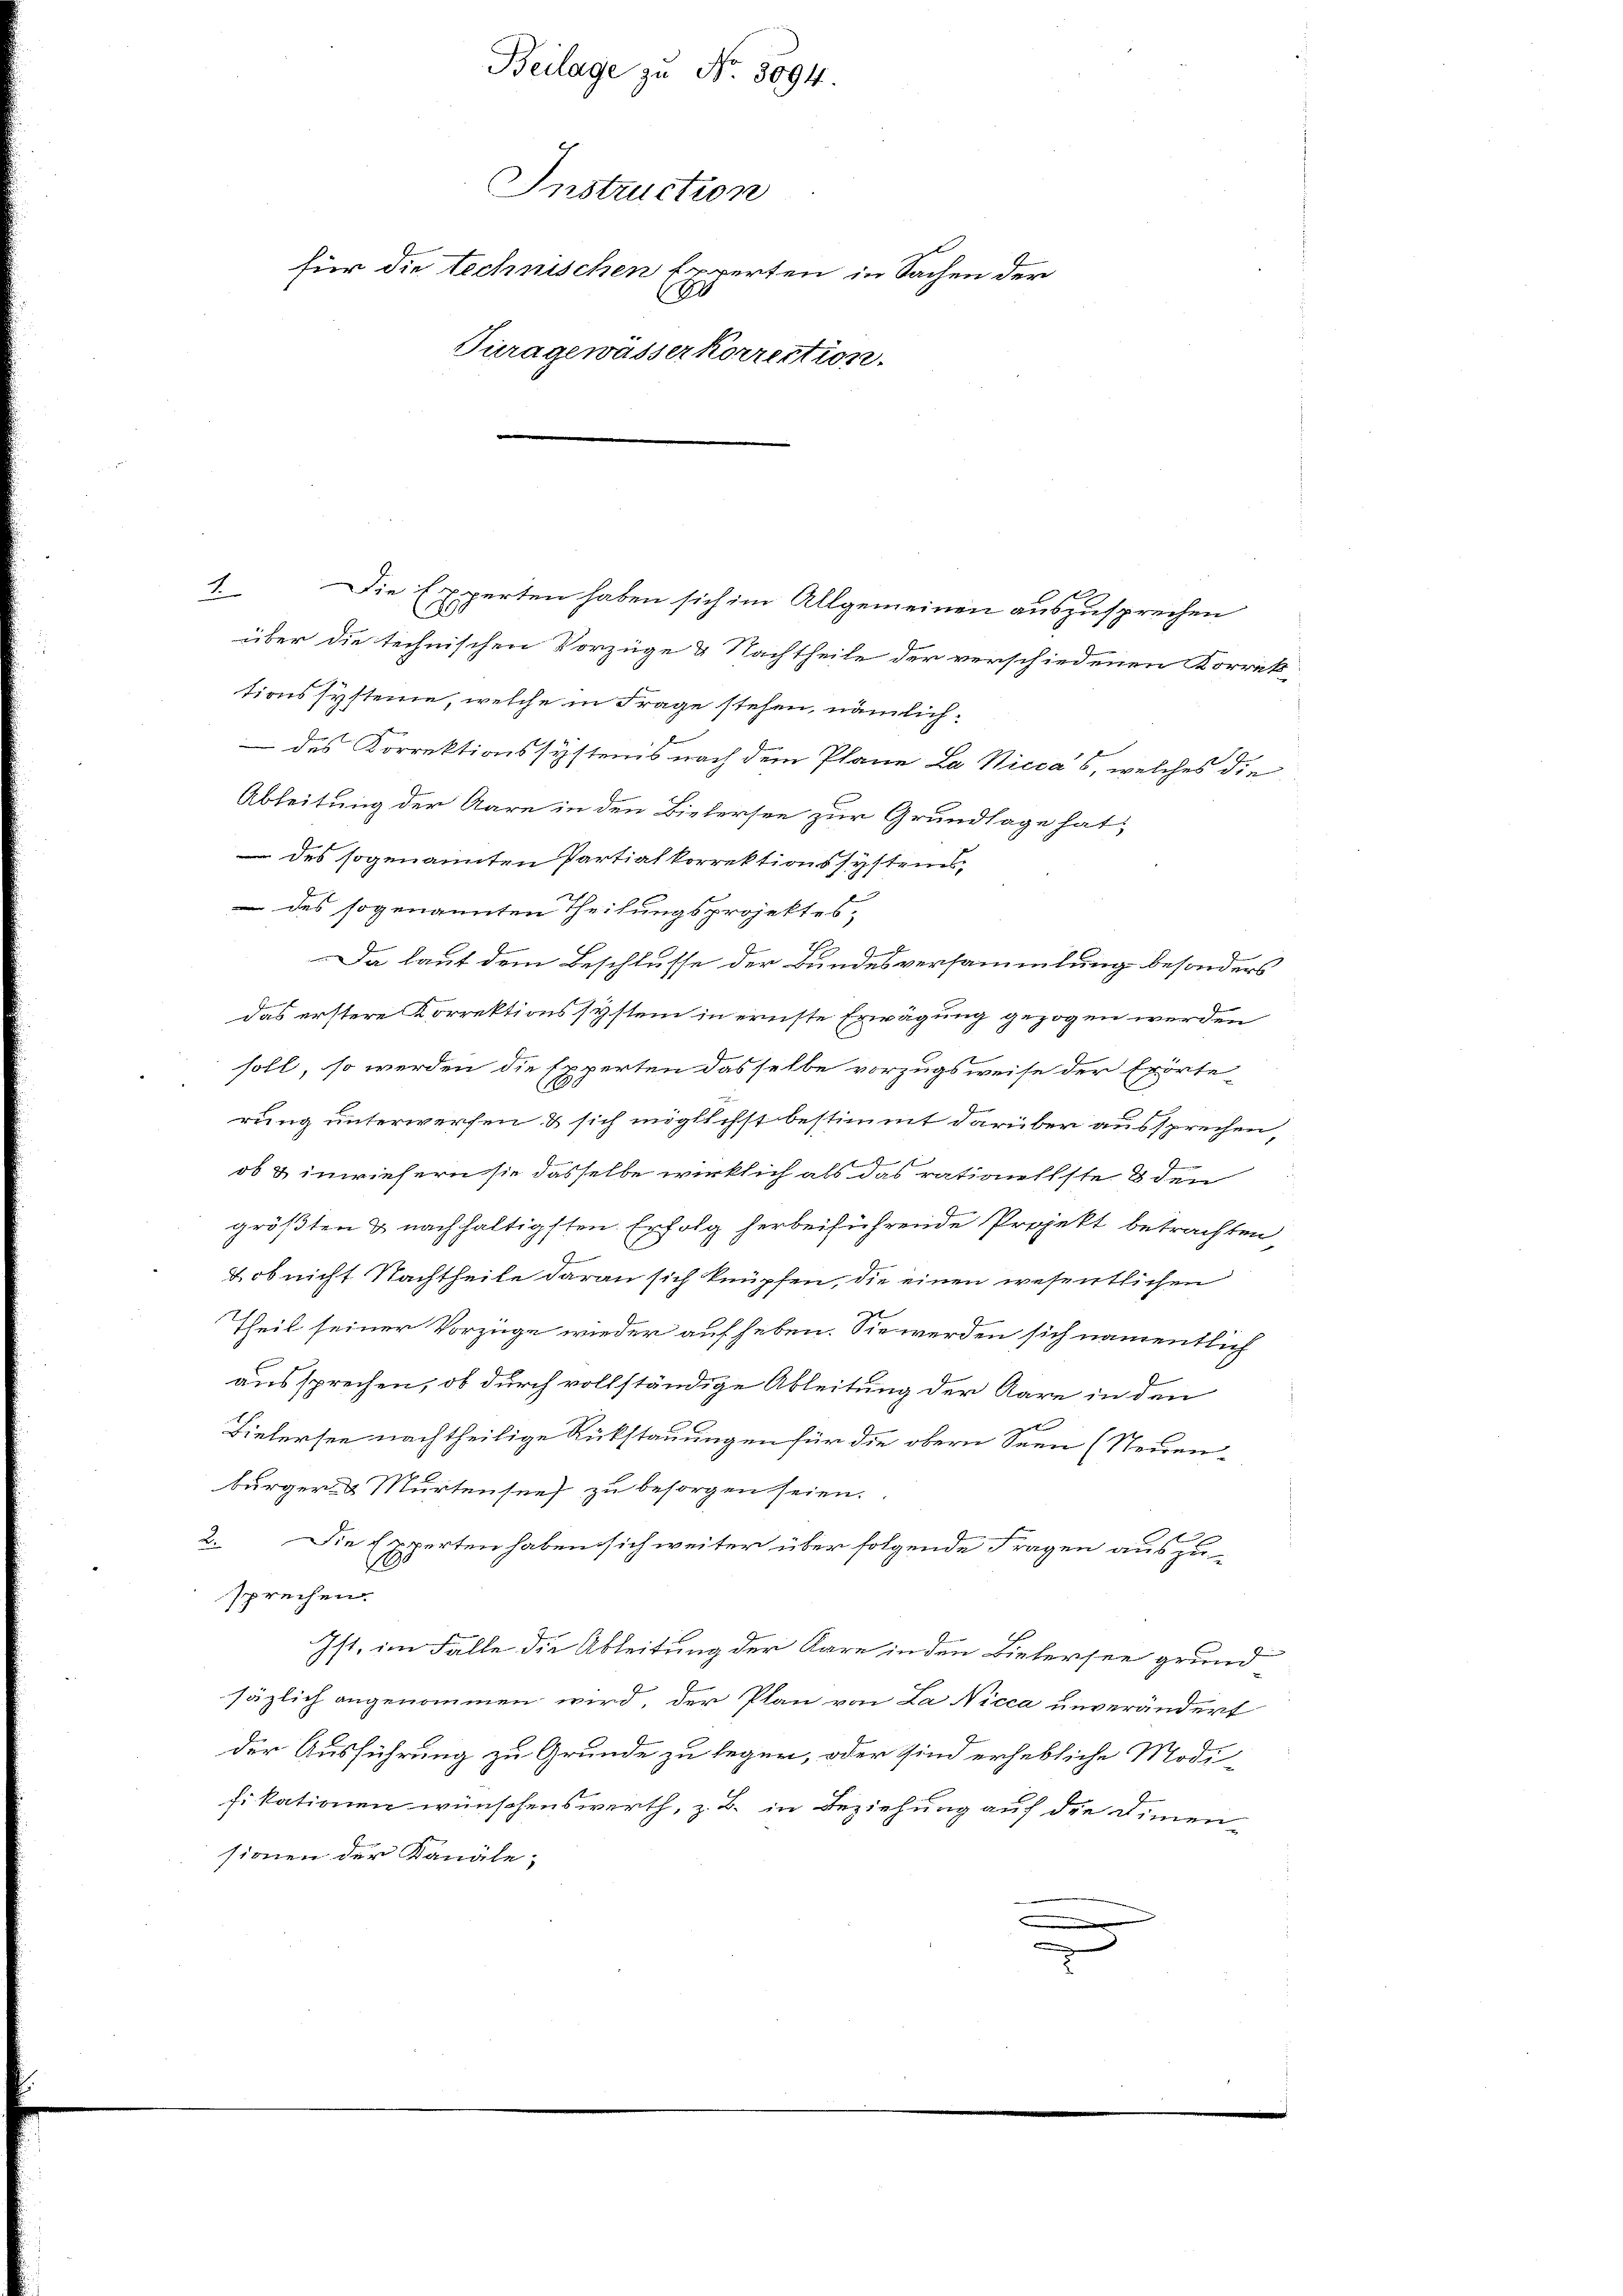
Beilage zu No. 8094.
Instruction
für die technischen Experten in Sachen der
0
Turagewässerkorrection.
.

1. Die Experten haben sich im Allgemeinen auszusprechen
über die technischen Vorzüge & Nachtheile der verschiedenen Korrek-
tionssysteme, welche in Frage stehen, nämlichx
 des Korrektionssystens nach dem Plane La Nicca's, welches die
Ableitung der Aare in den Bietersee zur Grundlage hat,
 des sogenannten Partialkorrektionssystems,
 des sogenannten Theilungsprojektes,
n
Da laut dem Beschlusse der Bundesversammlung besonders
das erstere Korrektionssystem in ernste Erwägung gezogen werden
soll, so werden die Experten dasselbe vorzugsweise der Erörte-
rung unterwerfen & sich möglichst bestimmt darüber aussprechen,
ob & inwiesern sie dasselbe wirklich als das rationsste 8 den
größten & nachhaltigsten Erfolg herbeiführende Projekt betrachten,
2. ob nicht Nachtheile daran sich knüpfen, die einen wesentlichen
Theil seiner Vorzüge wieder auf heben. Sie werden sich namentlich
aussprechen, ob durch vollständige Ableitung der Aare in den

Bielersee nachtheilige Rükstauungen für die obern Seen (Steinen-
bürger & Murtensees zu besorgen seien.
2. Die Experten haben sich weiter über folgende Fragen auszu-
A
sprechen.
Ist, im Falle die Ableitung der Kare in den Bielersee grund
säzlich angenommen wird, der Plan von La Nicca unverändert
der Ausführung zu Grunde zu legen, oder sind erhebliche Modi-
fikationen wünschenswerth, z. B. in Beziehung auf die Dimen-
sionen der Kanäle;